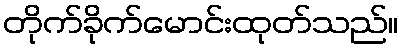
တိုက်ခိုက်မောင်းထုတ်သည်။